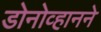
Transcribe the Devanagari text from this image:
डोनोव्हानने